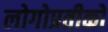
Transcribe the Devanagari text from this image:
लोगोप्रतीकों